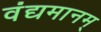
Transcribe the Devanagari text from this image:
वंद्यमानम्